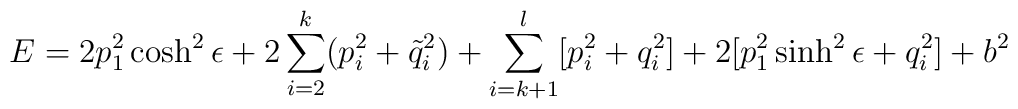
E = 2p_1^2\cosh^2 \epsilon  + 2\sum_{i=2}^k (p_i^2+\tilde q_i^2) +\sum_{i=k+1}^l[p_i^2+q_i^2] + 2[p_1^2\sinh^2 \epsilon  +q_i^2] + b^2